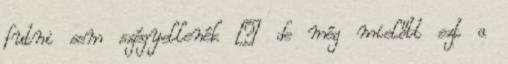
futni sem szégyellenék – de még mielőtt ezt a